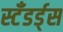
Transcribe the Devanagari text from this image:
स्टँडर्ड्‌स